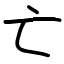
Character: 亡